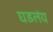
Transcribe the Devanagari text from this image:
घडलंय